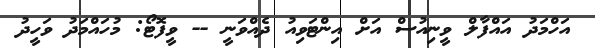
އަހްމަދު އައްފާލް ވީނިއުސް އަށް އިންޓަވިއު ދެއްވަނީ -- ވީފޮޓޯ: މުހައްމަދު ވަހީދު